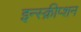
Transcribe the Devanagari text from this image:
इन्स्क्रीप्शन